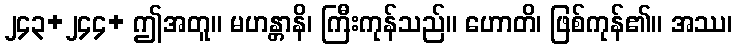
၂၄၃+၂၄၄+ ဤအတူ။ မဟန္တာနိ၊ ကြီးကုန်သည်။ ဟောတိ၊ ဖြစ်ကုန်၏။ အဿ၊